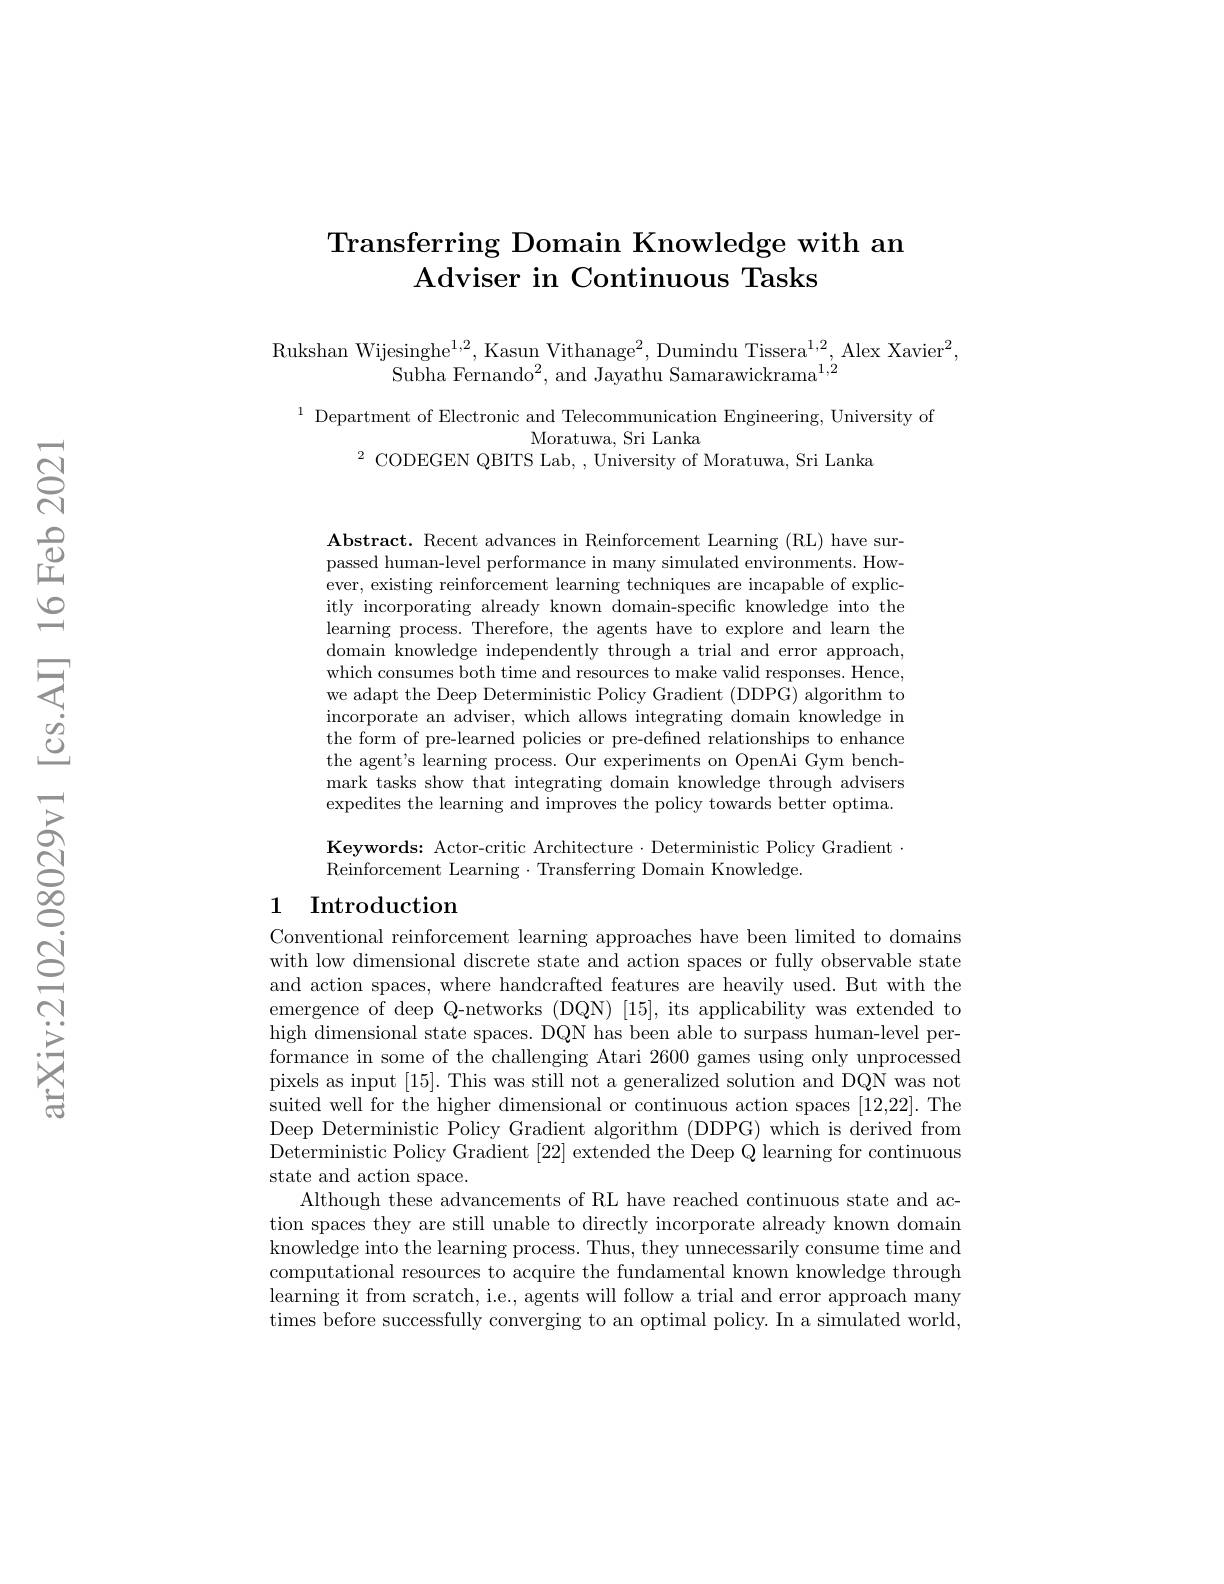
# Transferring Domain Knowledge with an Adviser in Continuous Tasks

Rukshan Wijesinghe$^1,2$, Kasun Vithanage$^2$, Dumindu Tissera$^1,2$, Alex Xavier$^2$,
Subha Fernando$^2$, and Jayathu Samarawickrama$^{1,2}$

$^{1}$ Department of Electronic and Telecommunication Engineering, University of
Moratuwa, Sri Lanka
$^{2}$ CODEGEN QBITS Lab, , University of Moratuwa, Sri Lanka

$\mathbf{Abstract.~Recent~advances~in~Reinforcement~Learning~(RL)~have~sur-~}$ passed human-level performance in many simulated environments. However, existing reinforcement learning techniques are incapable of explicitly incorporating already known domain-specific knowledge into the learning process. Therefore, the agents have to explore and learn the domain knowledge independently through a trial and error approach, which consumes both time and resources to make valid responses. Hence, we adapt the Deep Deterministic Policy Gradient (DDPG) algorithm to incorporate an adviser, which allows integrating domain knowledge in the form of pre-learned policies or pre-defined relationships to enhance the agent's learning process. Our experiments on OpenAi Gym benchmark tasks show that integrating domain knowledge through advisers expedites the learning and improves the policy towards better optima.

Keywords: Actor-critic Architecture·Deterministic Policy Gradient $\cdot$
Reinforcement Learning·Transferring Domain Knowledge.

## 1 Introduction

Conventional reinforcement learning approaches have been limited to domains with low dimensional discrete state and action spaces or fully observable state and action spaces, where handcrafted features are heavily used. But with the emergence of deep Q-networks (DQN) [15], its applicability was extended to high dimensional state spaces. DQN has been able to surpass human-level performance in some of the challenging Atari 2600 games using only unprocessed pixels as input [15]. This was still not a generalized solution and DQN was not suited well for the higher dimensional or continuous action spaces [12,22]. The Deep Deterministic Policy Gradient algorithm (DDPG) which is derived from Deterministic Policy Gradient [22] extended the Deep Q learning for continuous state and action space.
Although these advancements of RL have reached continuous state and action spaces they are still unable to directly incorporate already known domain knowledge into the learning process. Thus, they unnecessarily consume time and computational resources to acquire the fundamental known knowledge through learning it from scratch, i.e., agents will follow a trial and error approach many times before successfully converging to an optimal policy. In a simulated world